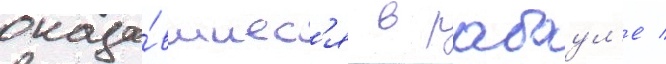
оказа́вшиес'я в рабаул'е /